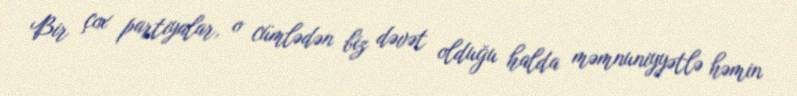
Bir çox partiyalar, o cümlədən biz dəvət olduğu halda məmnuniyyətlə həmin